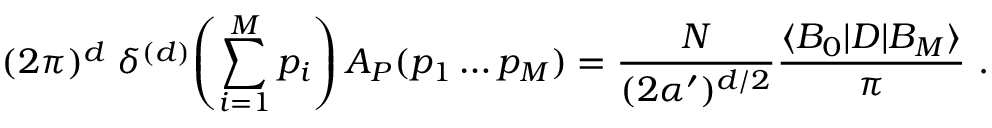
( 2 \pi ) ^ { d } \; \delta ^ { ( d ) } \! \left( \sum _ { i = 1 } ^ { M } p _ { i } \right) A _ { P } ( p _ { 1 } \dots p _ { M } ) = \frac { N } { ( 2 \alpha ^ { \prime } ) ^ { d / 2 } } \frac { \langle B _ { 0 } | D | B _ { M } \rangle } { \pi } ~ .